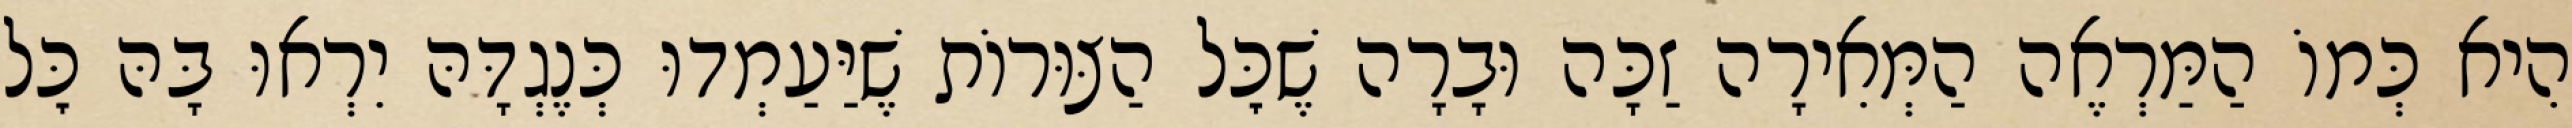
הִיא כְּמוֹ הַמַּרְאֶה הַמְּאִירָה זַכָּה וּבָרָה שֶׁכׇּל הַצּוּרוֹת שֶׁיַּעַמְדוּ כְּנֶגְדָּהּ יִרְאוּ בָּהּ כׇּל